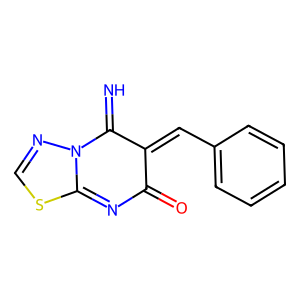
SMILES: N=C1C(=Cc2ccccc2)C(=O)N=C2SC=NN12
Inhibits HIV replication: No